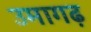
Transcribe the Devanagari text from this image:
उमागढ़